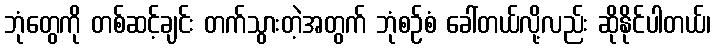
ဘုံတွေကို တစ်ဆင့်ချင်း တက်သွားတဲ့အတွက် ဘုံစဉ်စံ ခေါ်တယ်လို့လည်း ဆိုနိုင်ပါတယ်၊